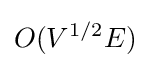
O(V^{1/2}E)